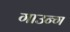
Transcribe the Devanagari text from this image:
गाउन्ग